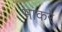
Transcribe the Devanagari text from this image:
भाकरे